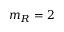
m _ { R } = 2